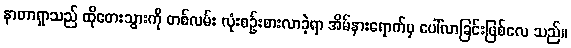
နာတာရှာသည် ထိုတေးသွားကို တစ်လမ်း လုံးစဉ်းစားလာခဲ့ရာ အိမ်နားရောက်မှ ပေါ်လာခြင်းဖြစ်လေ သည်။